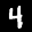
Digit: 4